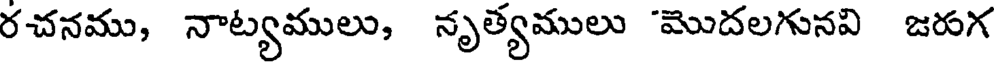
రచనము, నాట్యములు, నృత్యములు "మొదలగునవి జరుగ